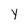
Character: y